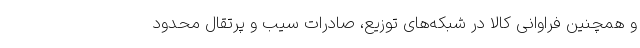
و همچنین فراوانی کالا در شبکه‌های توزیع، صادرات سیب و پرتقال محدود